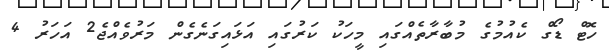
ހޮޓް ޑޯގް ކެއުމުގެ މުބާރާތެއްގައި މީހަކު ކަރުގައި އަޅައިގަނެގެން މަރުވެއްޖެ2 އަހަރު 4